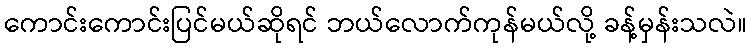
ကောင်းကောင်းပြင်မယ်ဆိုရင် ဘယ်လောက်ကုန်မယ်လို့ ခန့်မှန်းသလဲ။